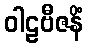
ဝါဠဗီဇနိံ